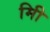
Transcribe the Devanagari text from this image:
मिी